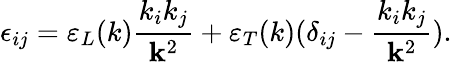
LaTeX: \epsilon_{ij}=\varepsilon_{L}(k){\frac{k_{i}k_{j}}{{\mathbf k}^{2}}}+\varepsilon_{T}(k)(\delta_{ij}-{\frac{k_{i}k_{j}}{{\mathbf k}^{2}}}).